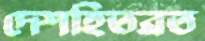
দেশহিতব্রত